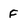
Character: F